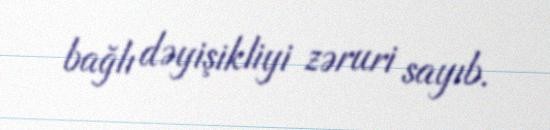
bağlı dəyişikliyi zəruri sayıb.